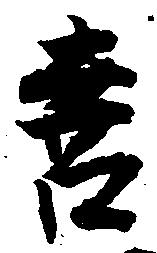
喜